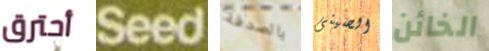
أحترق Seed بالصدفة الصينى الخائن